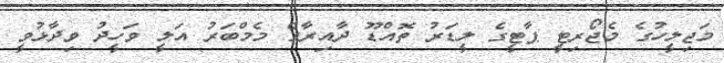
މަޖިލީހުގެ މެޖޯރިޓީ ޕާޓީގެ ލީޑަރު ތޮއްޑޫ ދާއިރާގެ މެމްބަރު އަލީ ވަހީދު ވިދާޅުވީ